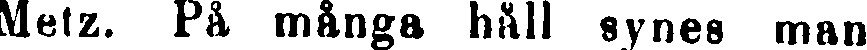
Metz. På många håll synes man